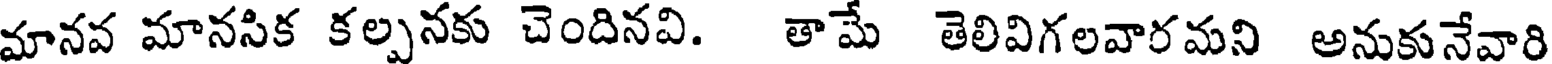
మానవ మానసిక కల్పనకు చెందినవి. తామే తెలివిగలవారమని అనుకునేవారి